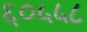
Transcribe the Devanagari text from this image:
६०५५८